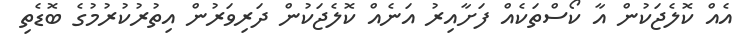
އެއް ކޮލެޖަކުން އާ ކޯސްތަކެއް ފަށާއިރު އަނެއް ކޮލެޖަކުން ދަރިވަރުން އިތުރުކުރުމުގެ ބޮޑެތި